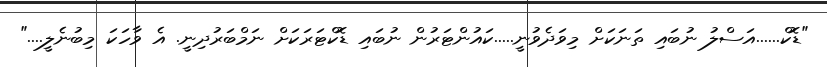
"ޑޮކް......އަސްލު ނުބައި ތަނަކަށް މިވަދެވުނީ.....ކައުންޓަރުން ނުބައި ޑޮކްޓަރަކަށް ނަމްބަރުދިނީ. އެ ވާހަކަ މިބުނެލީ...."